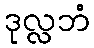
ဒုလ္လဘံ